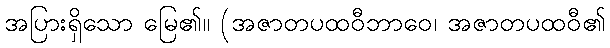
အပြားရှိသော မြေ၏။ (အဇာတပထဝီဘာဝေ၊ အဇာတပထဝီ၏